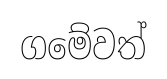
ගමේවත්